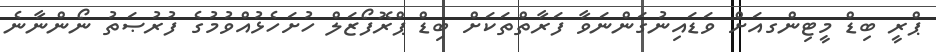
ޕްރީ ބިޑް މީޓިންގއަށް ވަޑައިނުގަންނަވާ ފަރާތްތަކަށް ބިޑް ޕްރޮފޯޒަލް ހުށަހެޅުއްވުމުގެ ފުރުޞަތު ނޯންނާނެ